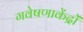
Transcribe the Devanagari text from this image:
गवेषणाकेंद्रों